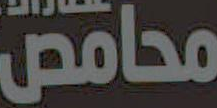
محامص